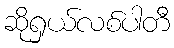
ဆိုရှယ်လစ်ပါတီ